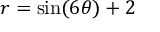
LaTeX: r = \sin ( 6 \theta ) + 2